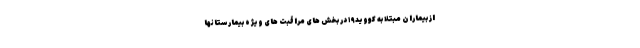
از بیماران مبتلا به کووید۱۹ در بخش های مراقبت های ویژه بیمارستانها